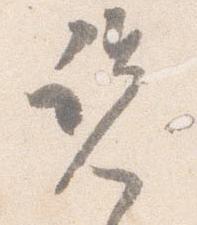
覧